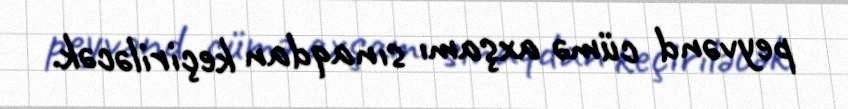
peyvənd cümə axşamı sınaqdan keçiriləcək.